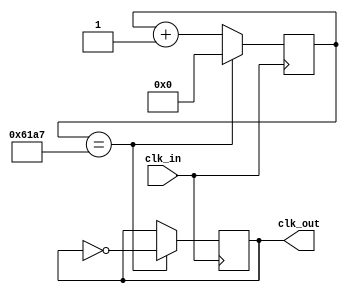
module pll_1k(
	input clk_in,  // 50MHz
	output reg clk_out  // 1KHz
);
 
reg [16:0] cnt;

initial
begin
cnt= 16'd0 ;
clk_out = 0;
end


always @(posedge clk_in)
begin
if(cnt == 16'd24_999) 
	begin
	clk_out = ~clk_out;
	cnt <= 0;
	end
else
	cnt <= cnt + 17'd1;
end

endmodule